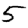
Digit: 5